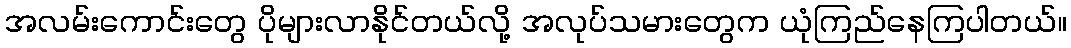
အလမ်းကောင်းတွေ ပိုများလာနိုင်တယ်လို့ အလုပ်သမားတွေက ယုံကြည်နေကြပါတယ်။